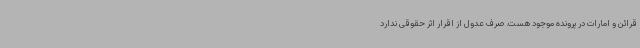
قرائن و امارات در پرونده موجود هست. صرف عدول از اقرار اثر حقوقی ندارد